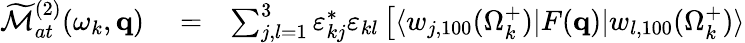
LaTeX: \begin{array}{rlr}{\widetilde{\cal M}_{at}^{(2)}(\omega_{k},\mathbf{q})}&{{}=}&{\sum_{j,l=1}^{3}\varepsilon_{kj}^{*}\varepsilon_{kl}\left[\langle w_{j,100}(\Omega_{k}^{+})|F(\mathbf{q})|{w}_{l,100}(\Omega_{k}^{+})\rangle\right.}\end{array}